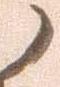
候